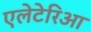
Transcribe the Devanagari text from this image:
एलेटेरिआ